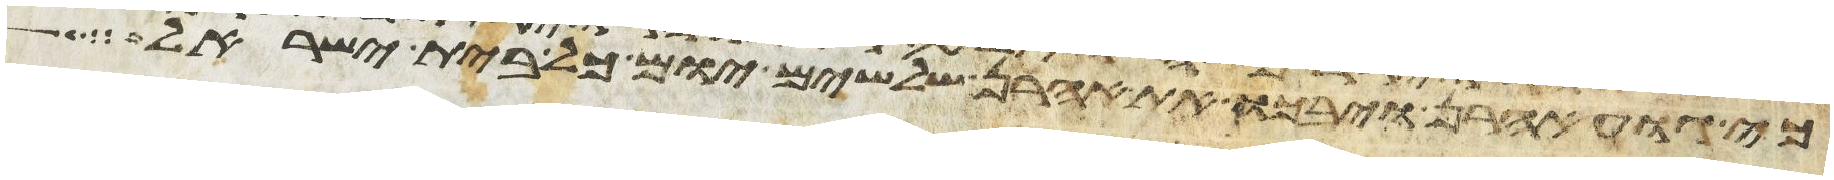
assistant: כי גוע אהרן ויבכו את אהרן שלשים יום כל בית ישראל